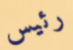
رئيس